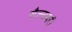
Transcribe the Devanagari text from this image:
सैल्सबरी